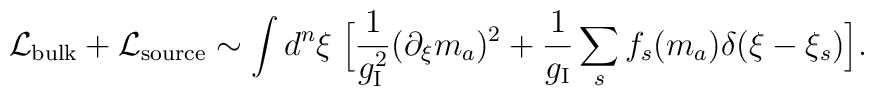
{\cal L}_{\rm bulk} + {\cal L}_{\rm source}\sim \int d^n\xi \; \Bigl[ {1\over g_{\rm I}^2}(\partial_\xi  m_a)^2 +  {1\over g_{\rm I}} \sum_s f_s(m_a) \delta(\xi-\xi_s)\Bigr].